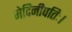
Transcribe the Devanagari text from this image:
मेदिनीपतिः।